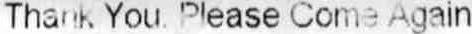
THANK YOU. PLEASE COME AGAIN